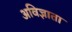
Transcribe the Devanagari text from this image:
अविज्ञाता